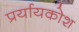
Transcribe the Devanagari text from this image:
प्रर्यायकोश